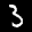
Label: 3